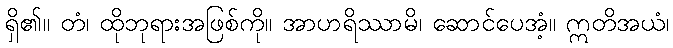
ရှိ၏။ တံ၊ ထိုဘုရားအဖြစ်ကို။ အာဟရိဿာမိ၊ ဆောင်ပေအံ့။ ဣတိအယံ၊